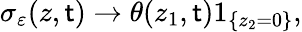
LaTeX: \sigma_{\varepsilon}(z,\mathsf{t})\to\theta(z_{1},\mathsf{t})1_{\{ z_{2}=0\} },